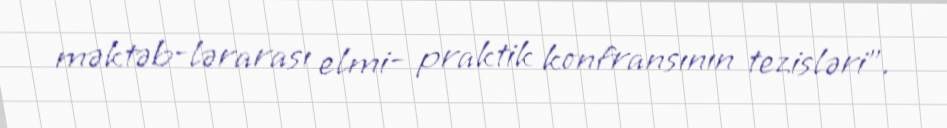
məktəb-lərarası elmi- praktik konfransının tezisləri".